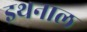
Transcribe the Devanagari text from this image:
इथनाल